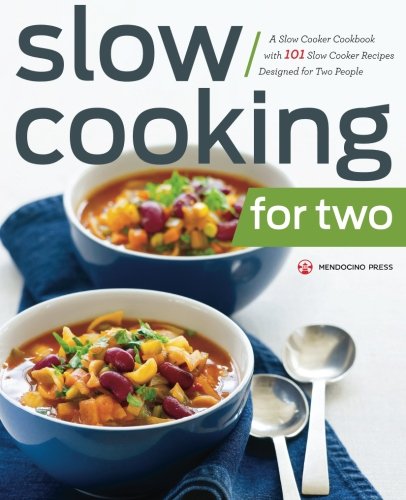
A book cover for Slow Cooking for Two: A Slow Cooker Cookbook with 101 Slow Cooker Recipes Designed for Two People; Mendocino Press; Cookbooks, Food & Wine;